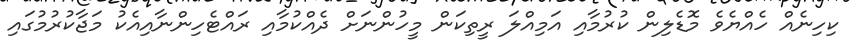
ކިހިނެއް ހެއްޔެވެ މޮޑެލިން ކުރުމާއި އަމިއްލަ ރީތިކަން މީހުންނަށް ދެއްކުމާއި ރައްޓެހިންނާއިއެކު މަޖާކުރުމުގައި